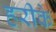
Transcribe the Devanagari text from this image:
हरीके